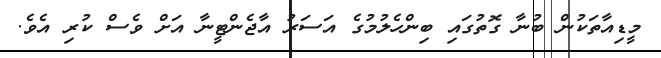
މީޑިއާތަކުން ބުނާ ގޮތުގައި ބިންހެލުމުގެ އަސަރު އާޖެންޓީނާ އަށް ވެސް ކުރި އެވެ.